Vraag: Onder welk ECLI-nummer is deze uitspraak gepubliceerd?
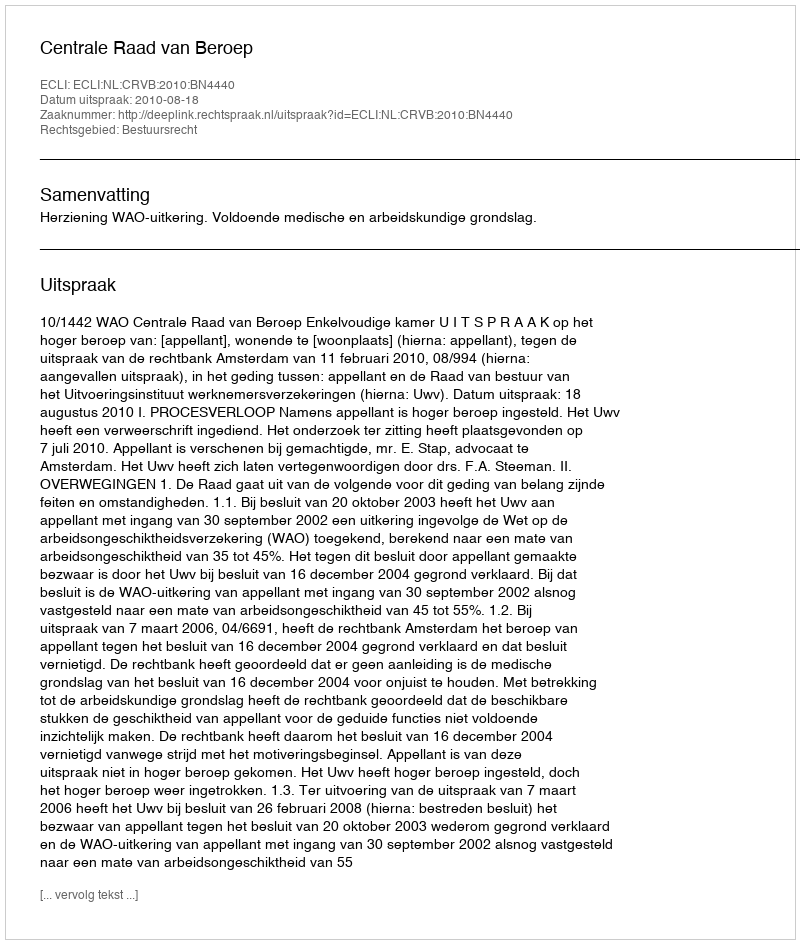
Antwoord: ECLI:NL:CRVB:2010:BN4440